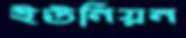
ইউনিয়ন